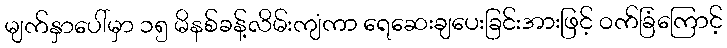
မျက်နှာပေါ်မှာ ၁၅ မိနစ်ခန့်လိမ်းကျံကာ ရေဆေးချပေးခြင်းအားဖြင့် ဝက်ခြံကြောင့်